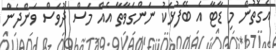
އެގޮތުން މި ޑާޓާ އެ ބޭފުޅަކު ނަންގަވާތާ އެއް މަސް ދުވަސް ވަންދެން